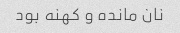
نان مانده و کهنه بود